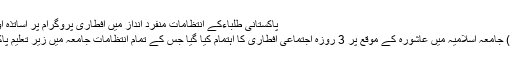
پاکستانی طلباءکے انتظامات منفرد انداز میں افطاری پروگرام پر اساتذہ اور ذمہ داروں کا اظہارتشکر
مدینہ منورہ ( ارسلان ہاشمی ) جامعہ اسلامیہ میں عاشورہ کے موقع پر 3 روزہ اجتماعی افطاری کا اہتمام کیا گیا جس کے تمام انتظامات جامعہ میں زیر تعلیم پاکستانی طلباءنے انجام دیئے ۔